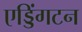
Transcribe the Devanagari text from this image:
एड्डिंगटन